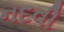
નદવી